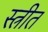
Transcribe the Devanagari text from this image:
स्त्रीत